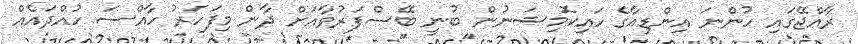
ރާއްޖޭގައި ހުންނަ އިންޑިއާގެ ހައިކޮމިޝަނުން ބުނީ ބޭސްފަރުވާއަށް ދާން މިފަހަރު ހާއްސަ ހުއްދައެއް